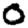
Digit: 0